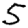
Digit: 5